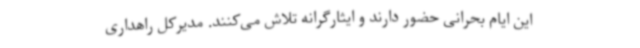
این ایام بحرانی حضور دارند و ایثارگرانه تلاش می‌کنند. مدیرکل راهداری